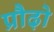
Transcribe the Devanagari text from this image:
प्रौढ़ो